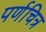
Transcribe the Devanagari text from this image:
पर्णचित्र